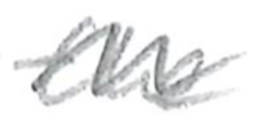
Text: the
Cross-out: wave
Writing tool: pencil